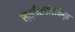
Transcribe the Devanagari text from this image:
स्त्रीशरीरनिष्ठ